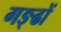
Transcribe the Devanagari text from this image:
गङ्ढों